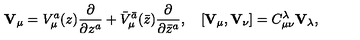
{ \bf V } _ { \mu } = V _ { \mu } ^ { a } ( z ) \frac { \partial } { \partial z ^ { a } } + { \bar { V } } _ { \mu } ^ { \bar { a } } ( \bar { z } ) \frac { \partial } { \partial \bar { z } ^ { a } } , \quad [ { \bf V } _ { \mu } , { \bf V } _ { \nu } ] = C _ { \mu \nu } ^ { \lambda } { \bf V } _ { \lambda } ,